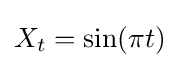
X_{t}=\sin(\pi t)